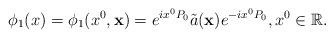
LaTeX: \begin{align*} \phi_1( {x}) =\phi_1( x^{0}, \mathbf{x}) = e^{ix^{0}P_{0}} \tilde{a}( \mathbf{x})e^{-ix^{0}P_{0}}, x^0\in\mathbb{R}.\end{align*}